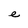
Character: e